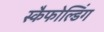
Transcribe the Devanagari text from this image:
स्कैफोल्डिंग